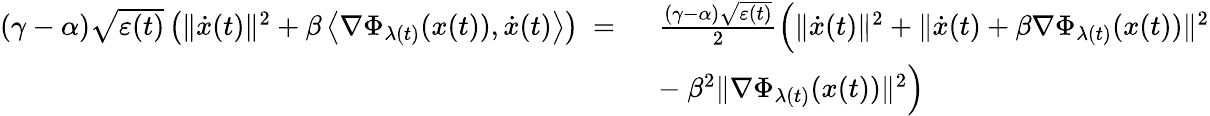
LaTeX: \begin{array}{rl}{\left(\gamma-\alpha\right)\sqrt{\varepsilon(t)}\left(\| \dot{x}(t)\| ^{2}+\beta\left\langle\nabla\Phi_{\lambda(t)}(x(t)),\dot{x}(t)\right\rangle\right)\ =\ }&{\frac{\left(\gamma-\alpha\right)\sqrt{\varepsilon(t)}}{2}\Big(\| \dot{x}(t)\| ^{2}+\| \dot{x}(t)+\beta\nabla\Phi_{\lambda(t)}(x(t))\| ^{2}}\\ &{-\ \beta^{2}\| \nabla\Phi_{\lambda(t)}(x(t))\| ^{2}\Big)}\end{array}